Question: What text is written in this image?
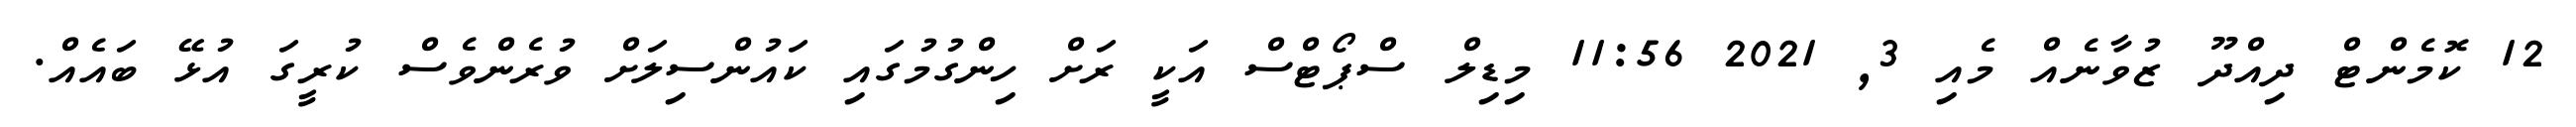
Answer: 12 ކޮމެންޓް ދިއްދޫ ޒުވާނެއް މެއި 3, 2021 11:56 މިޑިލް ސްޕޯޓްސް އަކީ ރަށް ހިންގުމުގައި ކައުންސިލަށް ވުރެންވެސް ކުރީގަ އުޅޭ ބައެއް.